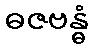
ဓဇဗန္ဓံ